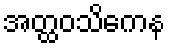
အတ္ထဝသိကေန